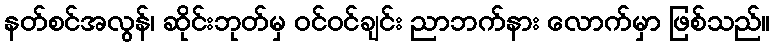
နတ်စင်အလွန်၊ ဆိုင်းဘုတ်မှ ဝင်ဝင်ချင်း ညာဘက်နား လောက်မှာ ဖြစ်သည်။